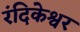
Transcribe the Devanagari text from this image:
रंदिकेश्वर